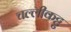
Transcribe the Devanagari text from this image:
चल्लीकट्टु